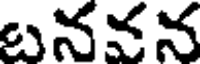
బనవన